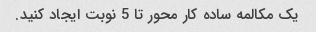
یک مکالمه ساده کار محور تا 5 نوبت ایجاد کنید.